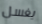
يغسل